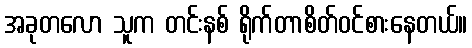
အခုတလော သူက တင်းနစ် ရိုက်တာစိတ်ဝင်စားနေတယ်။